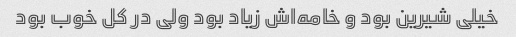
خیلی شیرین بود و خامه‌اش زیاد بود ولی در کل خوب بود